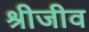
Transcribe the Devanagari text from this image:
श्रीजीव